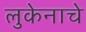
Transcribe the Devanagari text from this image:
लुकेनाचे